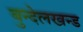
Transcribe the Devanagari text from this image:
बुन्देलखन्ड